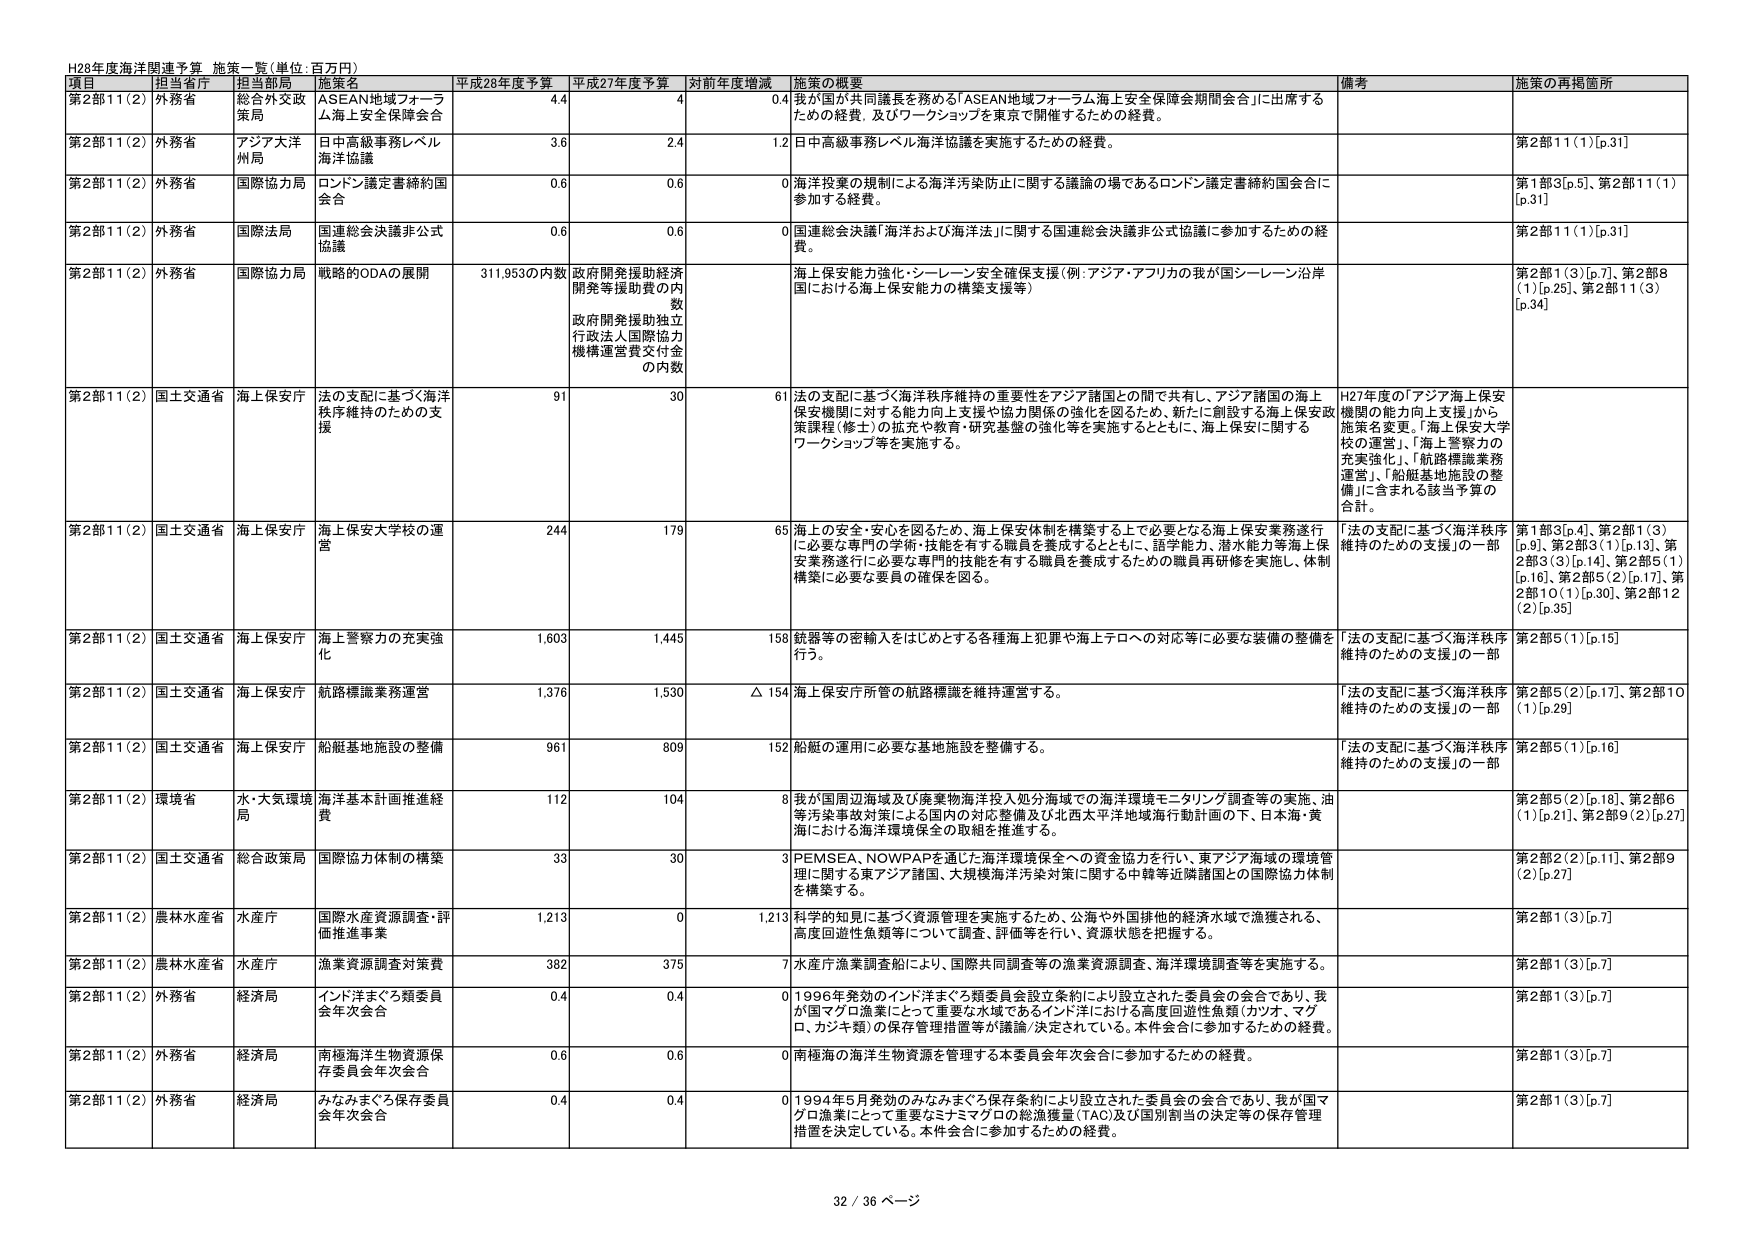
H28年度海洋関連予算 施策一覧（単位：百万円）

項目 担当省庁 担当部局 施策名 平成28年度予算 平成27年度予算 対前年度増減 施策の概要 備考 施策の再掲箇所

第2部11(2) 外務省 総合外交政策局 ASEAN地域フォーラム海上安全保障会合 4.4 4 0.4 我が国が共同議長を務める「ASEAN地域フォーラム海上安全保障会期間会合」に出席するための経費、及びワーキングショップを東京で開催するための経費。

第2部11(2) 外務省 アジア大洋州局 日中高級事務レベル海洋協議 3.6 2.4 1.2 日中高級事務レベル海洋協議を実施するための経費。 第2部11(1)[p.31]

第2部11(2) 外務省 国際協力局 ロンドン議定書締約国会合 0.6 0.6 0 海洋投棄の規制による海洋汚染防止に関する議論の場であるロンドン議定書締約国会合に参加する経費。 第1部3[p.5]、第2部11(1)[p.31]

第2部11(2) 外務省 国際法局 国連総会決議非公式協議 0.6 0.6 0 国連総会決議「海洋および海洋法」に関する国連総会決議非公式協議に参加するための経費。 第2部11(1)[p.31]

第2部11(2) 外務省 国際協力局 戦略的ODAの展開 311.953の内数 政府開発援助経済開発等援助費の内数 政府開発援助独立行政法人国際協力機構運営費交付金の内数 海上保安能力強化・シーレーン安全確保支援（例：アジア・アフリカの我が国シーレーン沿岸国における海上保安能力の構築支援等） 第2部1(3)[p.7]、第2部8(1)[p.25]、第2部11(3)[p.34]

第2部11(2) 国土交通省 海上保安庁 法の支配に基づく海洋秩序維持のための支援 91 30 61 法の支配に基づく海洋秩序維持の重要性をアジア諸国との間で共有し、アジア諸国の海上保安機関に対する能力向上支援や協力関係の強化を図るため、新たに創設する海上保安政策課程（修士）の拡充や教育・研究基盤の強化等を実施するとともに、海上保安に関するワークショップ等を実施する。 H27年度の「アジア海上保安機関の能力向上支援」から施策名変更。「海上保安大学校の運営」、「海上警察力の充実強化」、「航路標識業務運営」、「船艇基地施設の整備」に含まれる該当予算の合計。

第2部11(2) 国土交通省 海上保安庁 海上保安大学校の運営 244 179 65 海上の安全・安心を図るため、海上保安体制を構築する上で必要となる海上保安業務遂行に必要な専門の学術・技能を有する職員を養成するとともに、語学能力、潜水能力等海上保安業務遂行に必要な専門的技能を有する職員を養成するための職員再研修を実施し、体制構築に必要な要員の確保を図る。 「法の支配に基づく海洋秩序維持のための支援」の一部 第1部3[p.4]、第2部1(3)[p.9]、第2部3(1)[p.13]、第2部3(3)[p.14]、第2部5(1)[p.16]、第2部5(2)[p.17]、第2部10(1)[p.30]、第2部12(2)[p.35]

第2部11(2) 国土交通省 海上保安庁 海上警察力の充実強化 1,603 1,445 158 銃器等の密輸入をはじめとする各種海上犯罪や海上テロへの対応等に必要な装備の整備を行う。 「法の支配に基づく海洋秩序維持のための支援」の一部 第2部5(1)[p.15]

第2部11(2) 国土交通省 海上保安庁 航路標識業務運営 1,376 1,530 △154 海上保安庁所管の航路標識を維持運営する。 「法の支配に基づく海洋秩序維持のための支援」の一部 第2部5(2)[p.17]、第2部10(1)[p.29]

第2部11(2) 国土交通省 海上保安庁 船艇基地施設の整備 961 809 152 船艇の運用に必要な基地施設を整備する。 「法の支配に基づく海洋秩序維持のための支援」の一部 第2部5(1)[p.16]

第2部11(2) 環境省 水・大気環境局 海洋基本計画推進経費 112 104 8 我が国周辺海域及び廃棄物海洋投入処分海域での海洋環境モニタリング調査等の実施、油等汚染事故対策による国内の対応整備及び北西太平洋地域海行動計画の下、日本海・黄海における海洋環境保全の取組を推進する。 第2部5(2)[p.18]、第2部6(1)[p.21]、第2部9(2)[p.27]

第2部11(2) 国土交通省 総合政策局 国際協力体制の構築 33 30 3 PEMSEA、NOWPAPを通じた海洋環境保全への資金協力を行い、東アジア海域の環境管理に関する東アジア諸国、大規模海洋汚染対策に関する中韓等近隣諸国との国際協力体制を構築する。 第2部2(2)[p.11]、第2部9(2)[p.27]

第2部11(2) 農林水産省 水産庁 国際水産資源調査・評価推進事業 1,213 0 1,213 科学的知見に基づく資源管理を実施するため、公海や外国排他的経済水域で漁獲される、高度回遊性魚類等について調査、評価等を行い、資源状態を把握する。 第2部1(3)[p.7]

第2部11(2) 農林水産省 水産庁 漁業資源調査対策費 382 375 7 水産庁漁業調査船により、国際共同調査等の漁業資源調査、海洋環境調査等を実施する。 第2部1(3)[p.7]

第2部11(2) 外務省 経済局 インド洋まぐろ類委員会年次会合 0.4 0.4 0 1996年発効のインド洋まぐろ類委員会設立条約により設立された委員会の会合であり、我が国マグロ漁業にとって重要な水域であるインド洋における高度回遊性魚類（カツオ、マグロ、カジキ類）の保存管理措置等が議論/決定されている。本件会合に参加するための経費。 第2部1(3)[p.7]

第2部11(2) 外務省 経済局 南極海洋生物資源保存委員会年次会合 0.6 0.6 0 南極海の海洋生物資源を管理する本委員会年次会合に参加するための経費。 第2部1(3)[p.7]

第2部11(2) 外務省 経済局 みなみまぐろ保存委員会年次会合 0.4 0.4 0 1994年5月発効のみなみまぐろ保存条約により設立された委員会の会合であり、我が国マグロ漁業にとって重要なミナマグロの総漁獲量（TAC）及び国別割当の決定等の保存管理措置を決定している。本件会合に参加するための経費。 第2部1(3)[p.7]

32 / 36 ページ